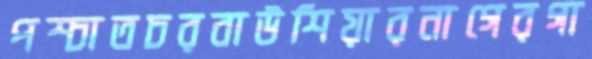
পশ্চাতচরবাউশিয়ারনাগেরগা